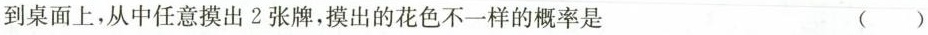
到桌面上，从中任意摸出2张牌，摸出的花色不一样的概率是 ()